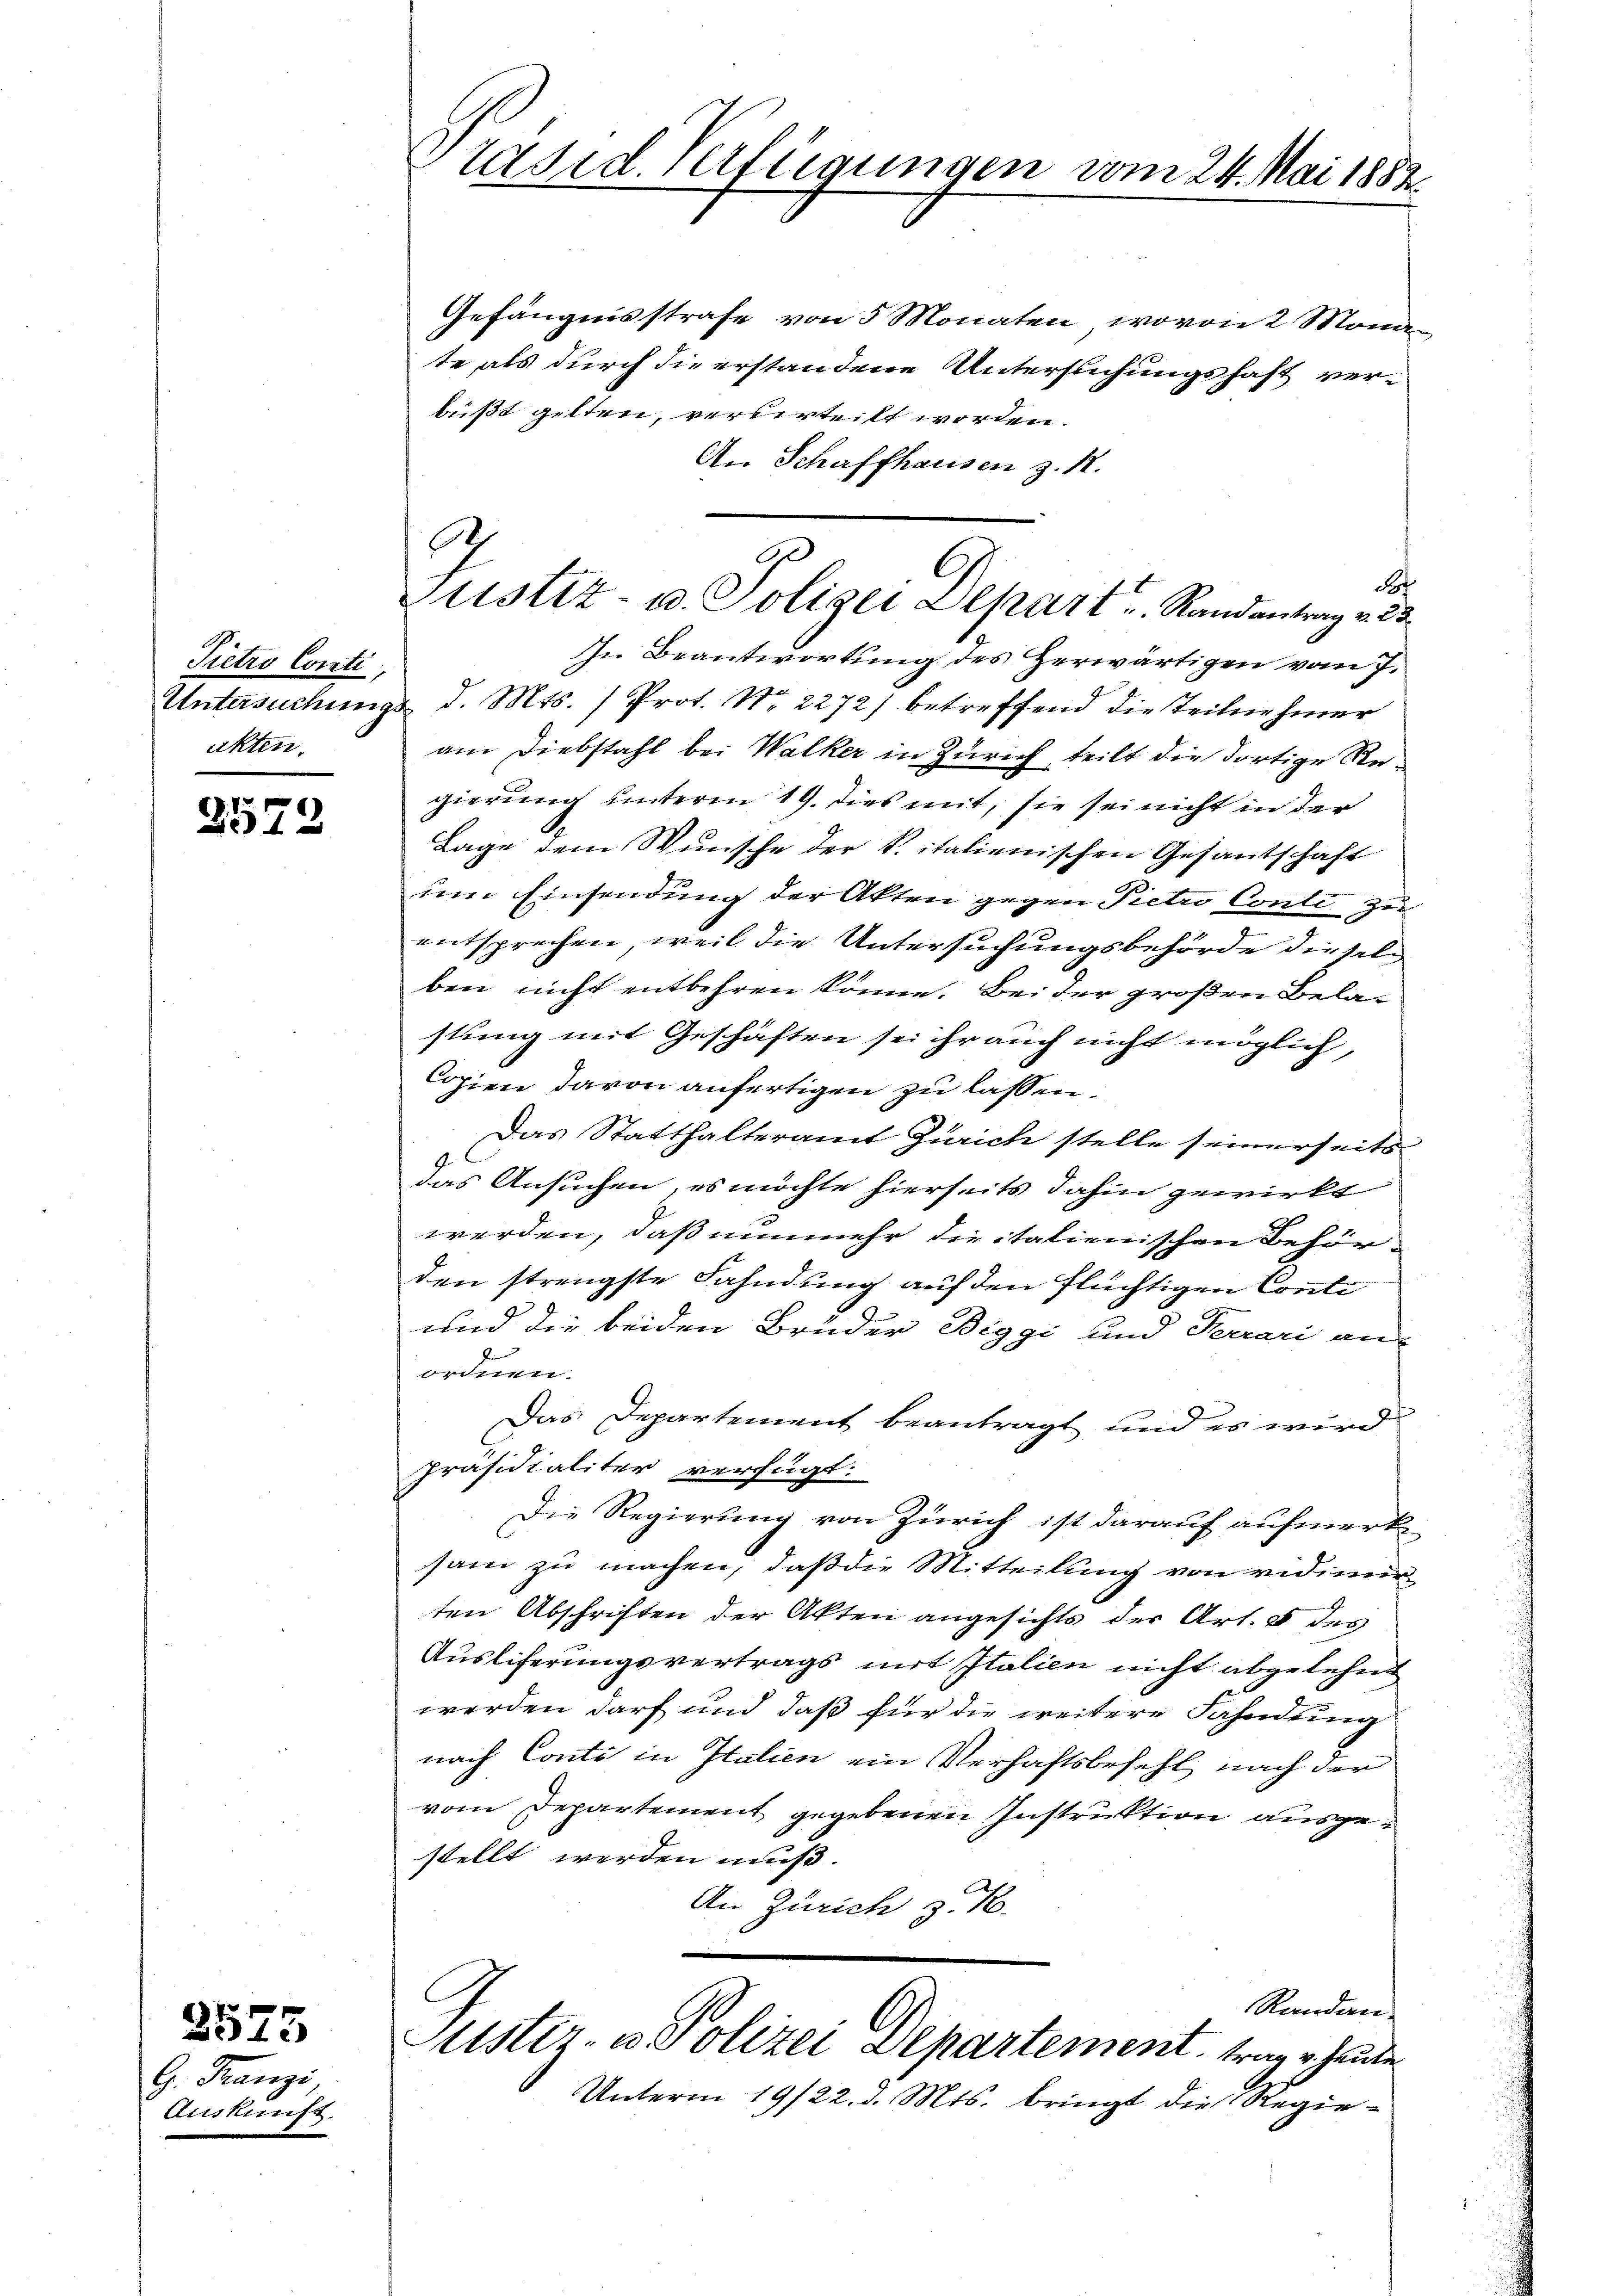
Pietro Conti
akten.

Ausker

3572

2575
G. Franzi,

ns.

Präsid. Verfügungen vom 24. Mai 1882

Gefängnisstrafe von 5 Monaten, wovon 2 Monn
te als durch die erstandene Untersuchungshaft verbußt gelten, verberteilt worden.
An Schaffhausen z. 12.
F
In Beantwortung des Herwärtigen vom 7.
Untersuchungs d. Mts. (Prot. Nr. 2272) betreffend die Teilnehmer
am Diebstahl bei Walker in Zürich, teilt die dortige Regierung unterm 19. dies mit, sie sei nicht in der
Lage dem Wunsche der S. italienischen Gesantschaft
um Einsendung der Akten gegen Pietro Conti zu
entsprechen, weil die Untersuchungsbehörde dieseln
ben nicht entbehren könne. Bei der großen Belastung mit Geschäften sei ihr auch nicht möglich,
Copien davon anfertigen zu lassen.
Das Statthalteramt Zürich stelle seinerseits
das Ansuchen, es möchte hierseits dahin gewirkt
werden, daß nunmehr die italienischen Behör-
den strengste Fahndung auf den flüchtigen Conti
und die beiden Brüder Biggi und Terrari an
ordnen.
Das Departement beantragt und es wird
präsidialiter verfügt:
Die Regierung von Zürich ist darauf aufmerksam zu machen, daß die Mitteilung von vidimirten Abschriften der Akten angesichts der Art. 8 des
Ausliferungsvertrags mit Italien nicht abgelehnt
werden darf und daß für die weitere Fahndung
nach Conto in Italien ein Verhaftsbefehl nach der
vom Departement gegebenen Instruktion ausgestellt werden muß.
An Zürich z. B.
C
Rernderer
Justiz- u. Polizei Departement, trage heute
Unterm 19/22. d. Mts. bringt die Regie¬

A
G
G
Justiz- u. Polizei Depart u. Randantrag v. 23